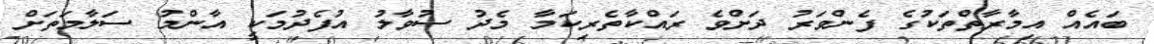
ބައެއް އިމާރާތްތަކުގެ ފެންވަރު ދަށްވެ ރައްކާތެރިކަމާ މެދު ސުވާލު އުފެދުމަކީ އާންމު ސަލާމަތަށް